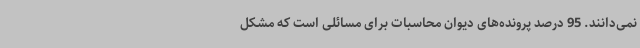
نمی‌دانند. 95 درصد پرونده‌های دیوان محاسبات برای مسائلی است که مشکل